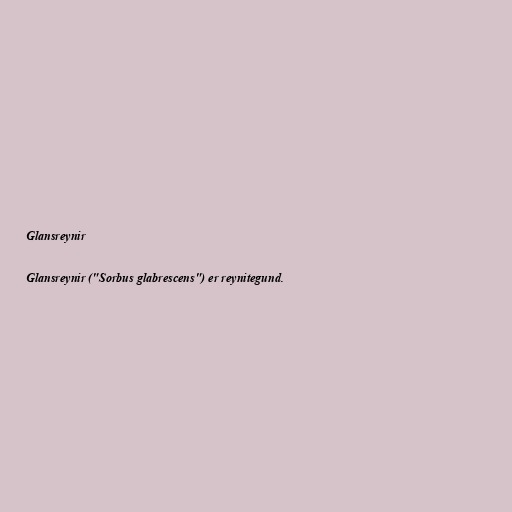
Glansreynir

Glansreynir ("Sorbus glabrescens") er reynitegund.